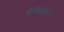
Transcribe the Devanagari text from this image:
कॅस्तिग्लियोनी